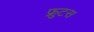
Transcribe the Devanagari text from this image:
फ्रुटस